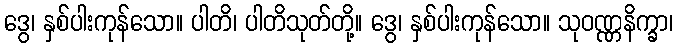
ဒွေ၊ နှစ်ပါးကုန်သော။ ပါတိ၊ ပါတိသုတ်တို့။ ဒွေ၊ နှစ်ပါးကုန်သော။ သုဝဏ္ဏနိက္ခာ၊